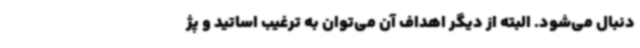
دنبال می‌شود. البته از دیگر اهداف آن می‌توان به ترغیب اساتید و پژ